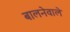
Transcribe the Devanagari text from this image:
बालनेवाले